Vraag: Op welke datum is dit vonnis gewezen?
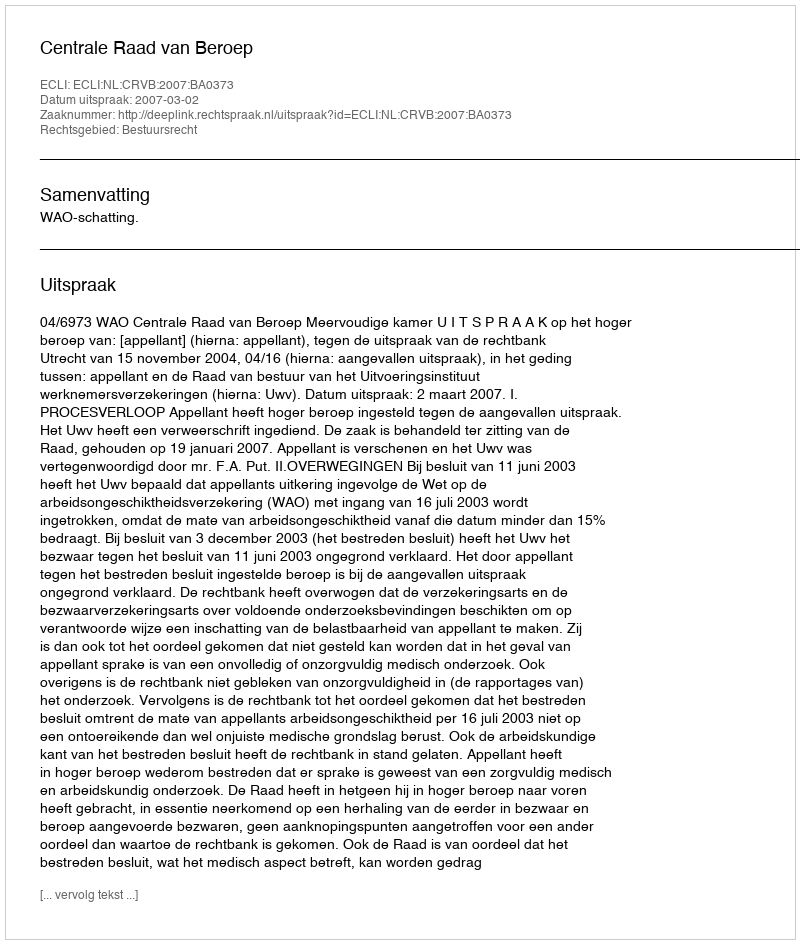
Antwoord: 2007-03-02